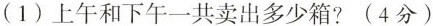
(1)上午和下午一共卖出多少箱?(4分)